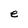
Character: e